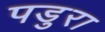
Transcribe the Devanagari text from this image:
पडुरा